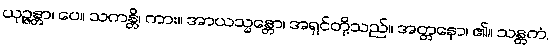
ယုဉ္ဇန္တာ၊ ပေ။ သကန္တိ၊ ကား။ အာယသ္မန္တော၊ အရှင်တို့သည်။ အတ္တနော၊ ၏။ သန္တကံ,